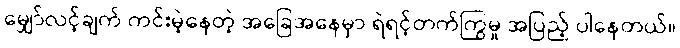
မျှော်လင့်ချက် ကင်းမဲ့နေတဲ့ အခြေအနေမှာ ရဲရင့်တက်ကြွမှု အပြည့် ပါနေတယ်။